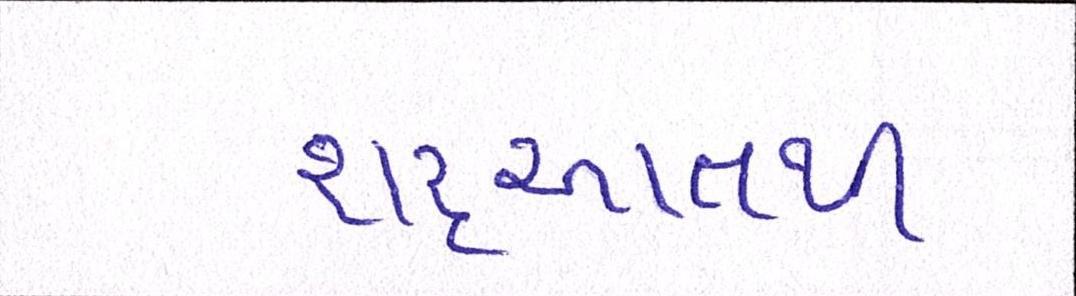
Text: શરૃઆતથી